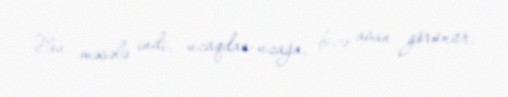
Bu məsələ indi, uzaqdan-uzağa, bizə asan görünür.